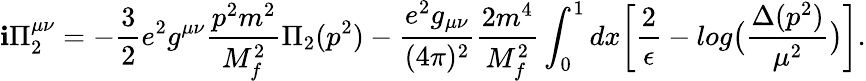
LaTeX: \mathbf{i}\Pi_{2}^{\mu\nu}=-\frac{{3}}{{2}}e^{2}g^{\mu\nu}\frac{{p^{2}m^{2}}}{{M_{f}^{2}}}\Pi_{2}(p^{2})-\frac{{e^{2}g_{\mu\nu}}}{{(4\pi)^{2}}}\frac{{2m^{4}}}{{M_{f}^{2}}}\int_{0}^{1}dx\biggl[\frac{{2}}{{\epsilon}}-log\bigl(\frac{{\Delta(p^{2})}}{{\mu^{2}}}\bigr)\biggr].